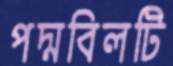
পদ্মবিলটি